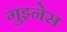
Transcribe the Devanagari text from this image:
गुइनेस